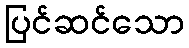
ပြင်ဆင်သော